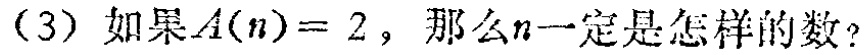
(3) 如果$A(n)=2$，那么$n$一定是怎样的数？